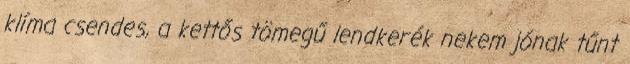
klíma csendes, a kettős tömegű lendkerék nekem jónak tűnt